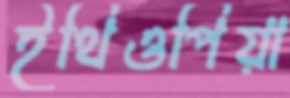
ইথিওপিয়া